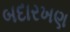
બદારખણ